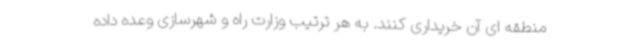
منطقه ای آن خریداری کنند. به هر ترتیب وزارت راه و شهرسازی وعده داده